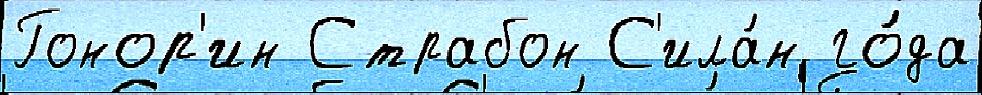
Гонор'ин Страбон С'ила́н го́да